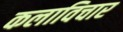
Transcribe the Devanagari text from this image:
कलाविचार